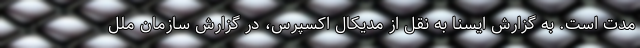
مدت است. به گزارش ایسنا به نقل از مدیکال اکسپرس، در گزارش سازمان ملل